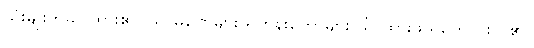
သုံးမျိုးကိုခွဲပြထား၏။ သာမဏေများ ရဟန်းတော်များ သိ ထားဖွယ်ကောင်းလှ၏။